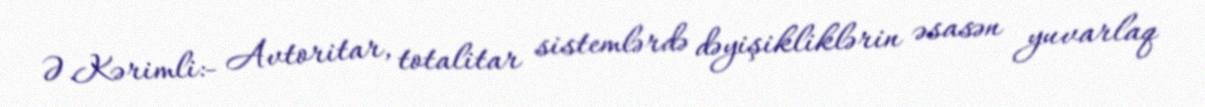
Ə.Kərimli:- Avtoritar, totalitar sistemlərdə dəyişikliklərin əsasən yuvarlaq